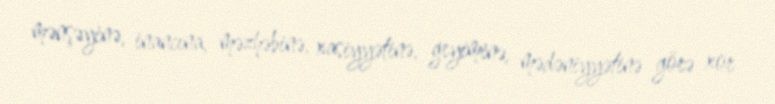
mənşəyinə, inancına, məzhəbinə, xasiyyətinə, geyiminə, mədəniyyətinə görə xor